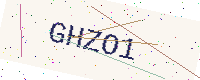
Text: GHZO1